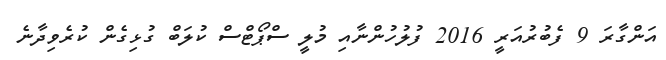
އަންގާރަ 9 ފެބުރުއަރީ 2016 ފުލުހުންނާއި މުލީ ސްޕޯޓްސް ކުލަބް ގުޅިގެން ކުރެވިދާނެ